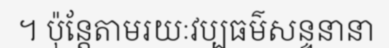
។ ប៉ុន្តែតាមរយៈវប្បធម៌សន្ទនានា